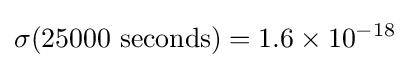
\sigma (25000{\text{ seconds}})=1.6\times 10^{-18}